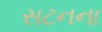
સટનના